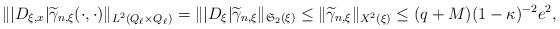
LaTeX: \begin{align*}\begin{aligned} \||D_{\xi,x}|\widetilde{\gamma}_{n,\xi}(\cdot,\cdot)\|_{L^2(Q_\ell\times Q_\ell)}=\||D_{\xi}|\widetilde{\gamma}_{n,\xi}\|_{\mathfrak{S}_2(\xi)}\leq \|\widetilde{\gamma}_{n,\xi}\|_{X^2(\xi)}\leq (q+M)(1-\kappa)^{-2}e^2, \end{aligned}\end{align*}